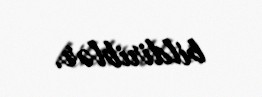
bildiriblər.